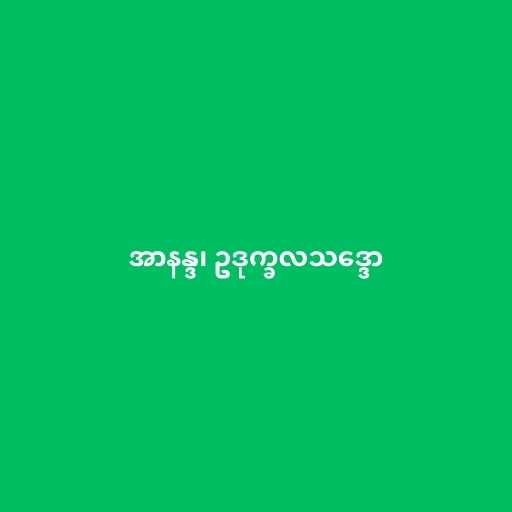
အာနန္ဒ၊ ဥဒုက္ခလသဒ္ဒော